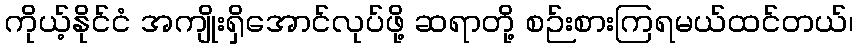
ကိုယ့်နိုင်ငံ အကျိုးရှိအောင်လုပ်ဖို့ ဆရာတို့ စဉ်းစားကြရမယ်ထင်တယ်၊